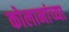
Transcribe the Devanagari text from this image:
कोलामांच्या